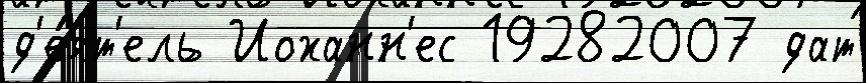
д'е́ят'ель Иоханн'ес 19282007 дат